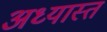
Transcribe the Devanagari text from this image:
अध्यास्त